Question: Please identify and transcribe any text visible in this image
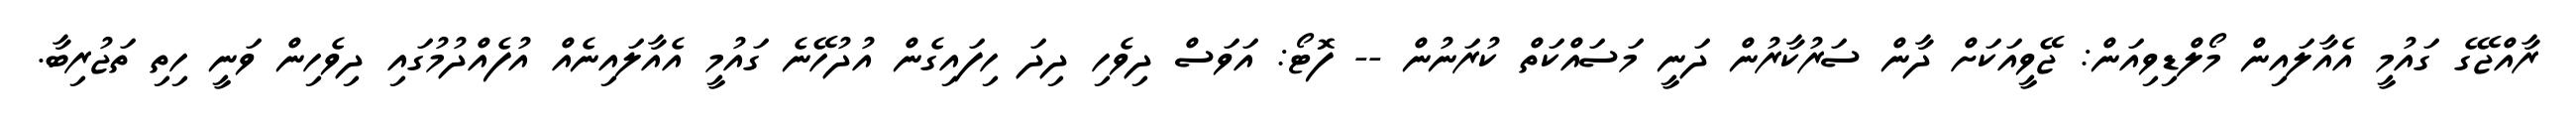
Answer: ރާއްޖޭގެ ގައުމީ އެއާލައިން މޯލްޑިވިއަން: ޖޭވީއަކަށް ދާން ސަރުކާރުން ދަނީ މަސައްކަތް ކުރަނުން -- ފޮޓޯ: އަވަސް ދިވެހި ދިދަ ހިފައިގެން އުދުހޭނެ ގައުމީ އެއާލައިނެއް އުފެއްދުމުގައި ދިވެހިން ވަނީ ހިތި ތަޖުރިބާ.